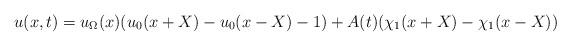
LaTeX: \begin{align*}u(x,t)=u_{\Omega}(x)(u_0(x+X)-u_{0}(x-X)-1)+A(t)(\chi_1(x+X)-\chi_1(x-X)) \end{align*}